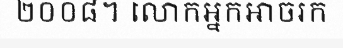
២០០៨។ លោកអ្នកអាចរក